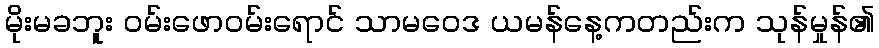
မိုးမခဘူး ဝမ်းဖောဝမ်းရောင် သာမဝေဒ ယမန်နေ့ကတည်းက သုန်မှုန်၏